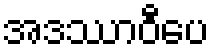
အဒဿာဝီပေ